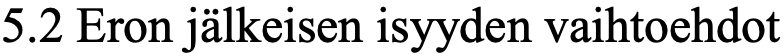
5.2 Eron jälkeisen isyyden vaihtoehdot